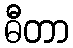
ဓီတာ